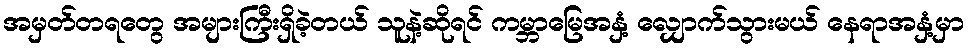
အမှတ်တရတွေ အများကြီးရှိခဲ့တယ် သူနဲ့ဆိုရင် ကမ္ဘာမြေအနှံ့ လျှောက်သွားမယ် နေရာအနှံ့မှာ